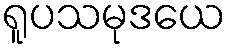
ရူပသမုဒယေ